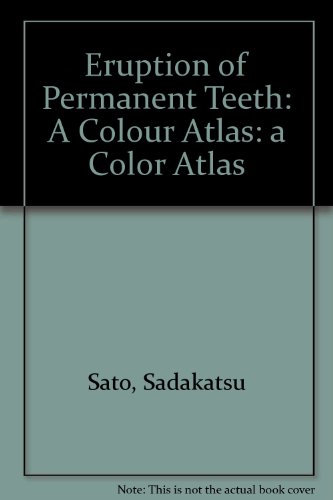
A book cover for Eruption of Permanent Teeth: A Color Atlas; Sadakatsu Sato; Medical Books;